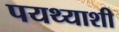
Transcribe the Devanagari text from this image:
पयथ्याशी